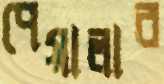
পেয়ালার